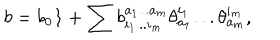
b = b _ { 0 } { \bf 1 } + \sum b _ { i _ { 1 } . . . i _ { m } } ^ { a _ { 1 } . . . a _ { m } } \theta _ { a _ { 1 } } ^ { i _ { 1 } } . . . \theta _ { a _ { m } } ^ { i _ { m } } ,